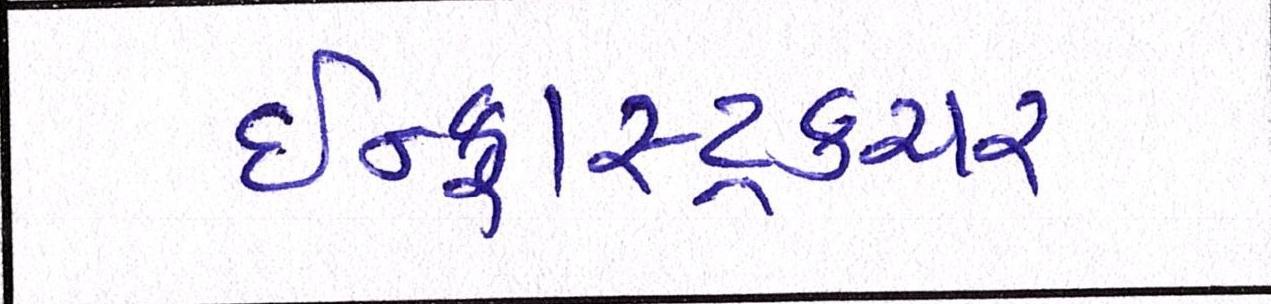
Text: ઇન્ફ્રાસ્ટ્રકચર